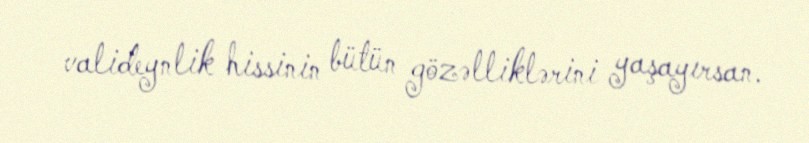
valideynlik hissinin bütün gözəlliklərini yaşayırsan.